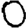
Digit: 0